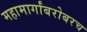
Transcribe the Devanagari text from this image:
महामार्गांबरोबरच